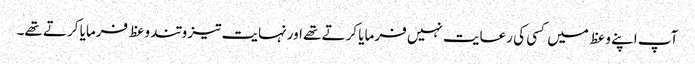
آپ اپنے وعظ میں کسی کی رعایت نہیں فرمایا کرتے تھے اورنہایت تیز و تند وعظ فرمایا کرتے تھے۔